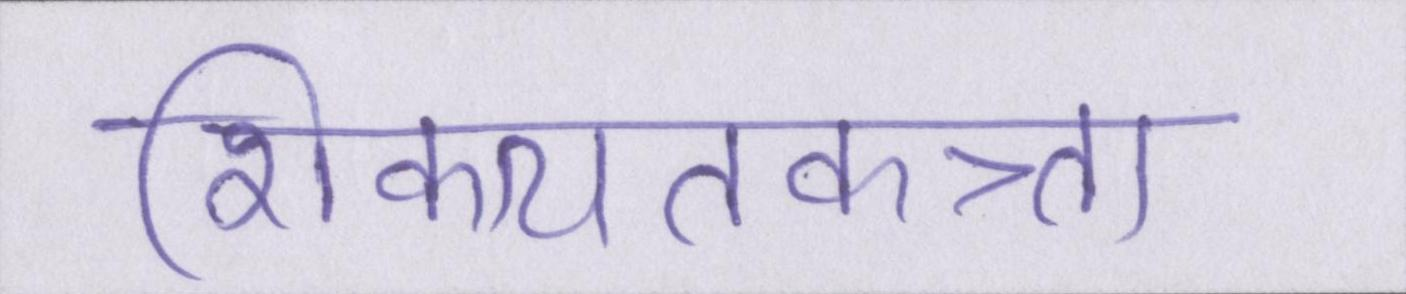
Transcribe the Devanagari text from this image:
शिकायतकत्र्ता